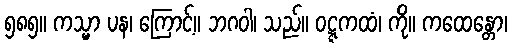
၅၈၅။ ကသ္မာ ပန၊ ကြောင့်။ ဘဂဝါ၊ သည်။ ဝဋ္ဋကထံ၊ ကို။ ကထေန္တော၊